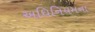
અધિનિયમના